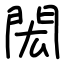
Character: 閎